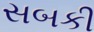
સબકી